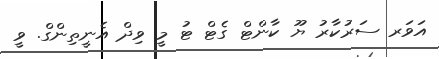
އަވަރ ސަރުކާރު ޔޫ ކާންޓް ގެޓް ޓު މީ ވިދް އެނީތިންގް. ވީ